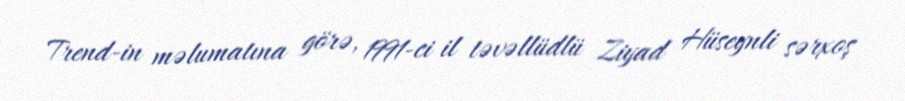
Trend-in məlumatına görə, 1991-ci il təvəllüdlü Ziyad Hüseynli sərxoş